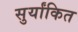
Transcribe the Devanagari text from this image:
सुर्यांकित